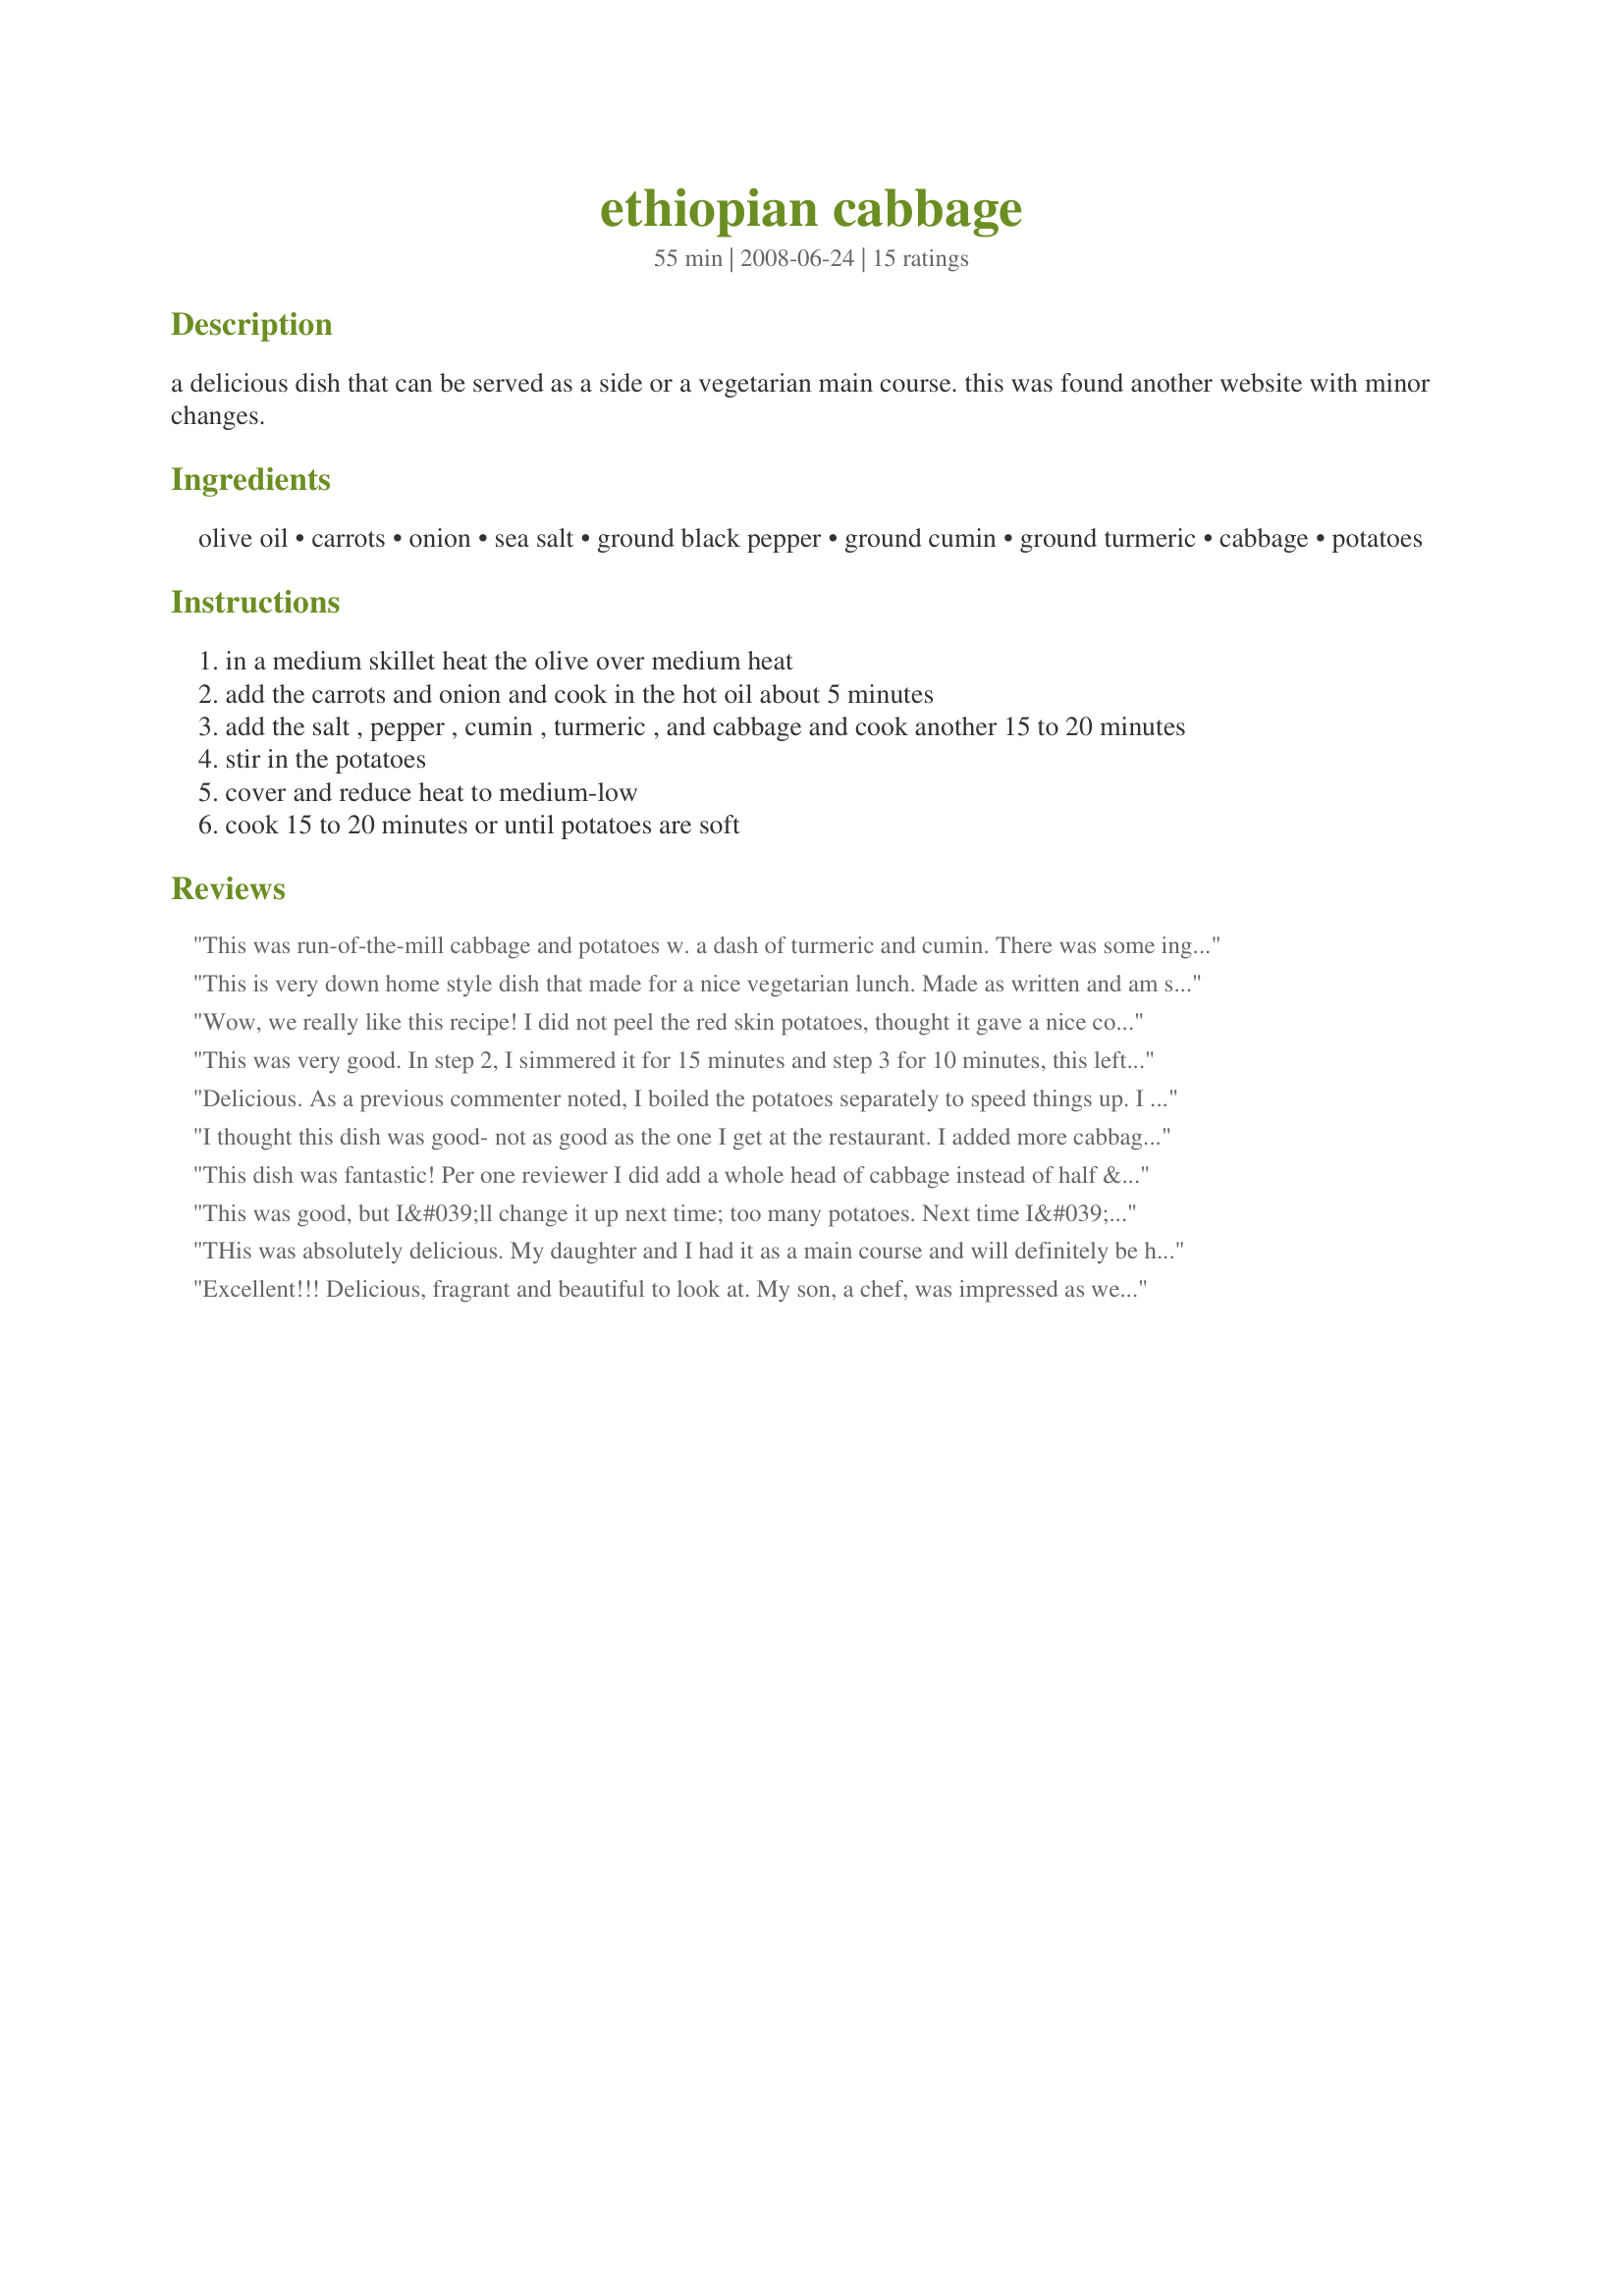
ethiopian cabbage
Preparation time: 55 minutes

a delicious dish that can be served as a side or a vegetarian main course. this was found another website with minor changes.

Ingredients:
olive oil, carrots, onion, sea salt, ground black pepper, ground cumin, ground turmeric, cabbage, potatoes

Steps:
in a medium skillet heat the olive over medium heat
add the carrots and onion and cook in the hot oil about 5 minutes
add the salt , pepper , cumin , turmeric , and cabbage and cook another 15 to 20 minutes
stir in the potatoes
cover and reduce heat to medium-low
cook 15 to 20 minutes or until potatoes are soft

Reviews:
This was run-of-the-mill cabbage and potatoes w. a dash of turmeric and cumin. There was some ingredient missing that would have given it an Ethiopian flair.
This is very down home style dish that made for a nice vegetarian lunch. Made as written and am sure we will be enjoying again soon. Thanks for the post.
Wow, we really like this recipe! I did not peel the red skin potatoes, thought it gave a nice color to the dish. Made for ZWT7 Saucy Silverado's
This was very good. In step 2, I simmered it for 15 minutes and step 3 for 10 minutes, this left the cabbage and potatoes firm but not crisp. I'll be making this again. With this recipe, you can have a side dish to any meal in a short time. Made for ZWT7-Africa
Delicious. As a previous commenter noted, I boiled the potatoes separately to speed things up. I used a very large dense head of cabbage, so half was fine. I used green onions from my garden as well as Jerusalem artichokes in place of some of the potatoes.
I thought this dish was good- not as good as the one I get at the restaurant. I added more cabbage, potatoes and spices the second time I made it to have leftovers as well as I wanted the spice a little stronger.
This dish was fantastic! Per one reviewer I did add a whole head of cabbage instead of half & that was a great recommendation. There was a perfect amount of cabbage versus potatoes.

The whole family enjoyed this dish & we ate leftovers for lunches/snacks.
We paired it up with Ethiopian Injera and it was a perfect combination! Can't wait to do it again. Thanks for a great recipe.
This was good, but I&#039;ll change it up next time; too many potatoes. Next time I&#039;ll use one, no more than two potatoes, use the whole cabbage instead of half, and use a little more seasoning. I added garlic too. Yum!
THis was absolutely delicious. My daughter and I had it as a main course and will definitely be having it again. The flavours are exquisite for such a simple and easily prepared recipe and quite unique.
Excellent!!! Delicious, fragrant and
beautiful to look at. My son, a chef, was impressed as well. Easy to put together. I did parboil the potatoes very briefly while the other veggies were sauteeing. Then drained them in colander and added to the mixture and completed cooking.
Definitely a keeper. Thanks.
I thought this was a little bland, and I also had a problem with it sticking to the bottom of the pan despite using oil. I dumped in a whole bunch more spices and about a cup of water to keep it from sticking to the pan and that turned out pretty tasty. This is probably good for someone who's not used to spicy foods, but we love lots of strong flavors.
I might have liked this, but in comparison to some of the same that I get from a nearby Ethiopian restaurant, this was bland, and there were too many potatoes compared to cabbage.
Very tasty recipe. There was way too much potato and way too little cabbage, however, and I recommend cooking it with 2-3 potatoes and a whole head of cabbage. The flavor was great, and similar to restaurants I've been to.
This dish was good, but I thought the potatoes were very bland. I doubled the spices which made the cabbage, carrots and onion very flavourful.

If I make it again, I will leave them out.
This is my favorite dish at Ethiopian restaurants, and though it does taste different, it is quite comforting and good. I used only a tablepoon of oil (with a nonstick pan), less salt, and probably triple the spices, plus a pinch of berbere to spice it up a tiny bit. I thought the ratio of all the ingredients was just right.
